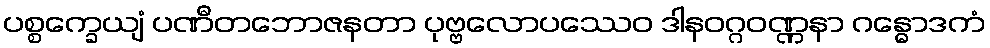
ပစ္စက္ခေယျံ ပဏီတဘောဇနတာ ပုဗ္ဗလောပဿေဝ ဒါနဝဂ္ဂဝဏ္ဏနာ ဂန္ဓောဒကံ